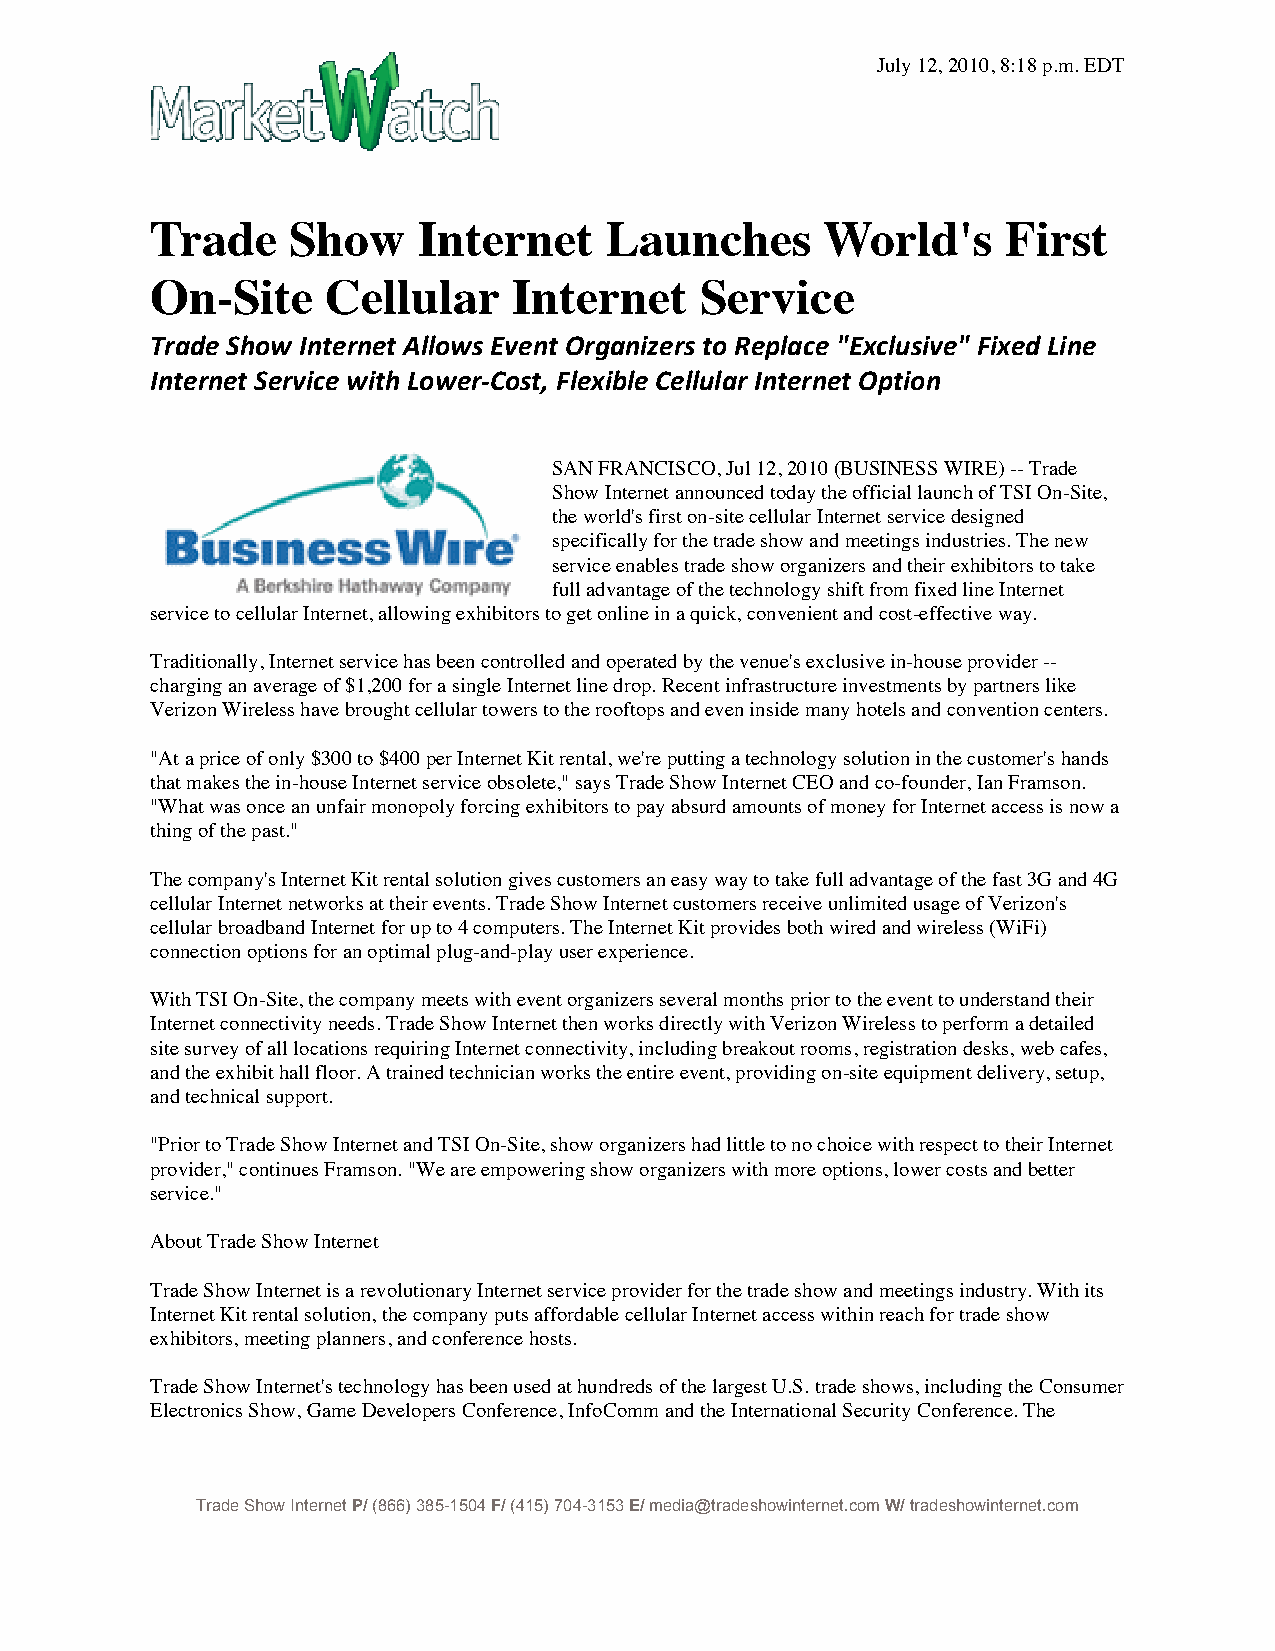
July 12, 2010, 8:18 p.m. EDT
 Trade    Show     Internet    Launches      World's      First
 On-Site     Cellular    Internet    Service
 Trade Show Internet Allows Event Organizers to Replace "Exclusive" Fixed Line
 Internet Service with Lower‐Cost, Flexible Cellular Internet Option
 SAN FRANCISCO, Jul 12, 2010 (BUSINESS WIRE) -- Trade
 Show Internet announced today the official launch of TSI On-Site,
 the world's first on-site cellular Internet service designed
 specifically for the trade show and meetings industries. The new
 service enables trade show organizers and their exhibitors to take
 full advantage of the technology shift from fixed line Internet
 service to cellular Internet, allowing exhibitors to get online in a quick, convenient and cost-effective way.
 Traditionally, Internet service has been controlled and operated by the venue's exclusive in-house provider --
 charging an average of $1,200 for a single Internet line drop. Recent infrastructure investments by partners like
 Verizon Wireless have brought cellular towers to the rooftops and even inside many hotels and convention centers.
 "At a price of only $300 to $400 per Internet Kit rental, we're putting a technology solution in the customer's hands
 that makes the in-house Internet service obsolete," says Trade Show Internet CEO and co-founder, Ian Framson.
 "What was once an unfair monopoly forcing exhibitors to pay absurd amounts of money for Internet access is now a
 thing of the past."
 The company's Internet Kit rental solution gives customers an easy way to take full advantage of the fast 3G and 4G
 cellular Internet networks at their events. Trade Show Internet customers receive unlimited usage of Verizon's
 cellular broadband Internet for up to 4 computers. The Internet Kit provides both wired and wireless (WiFi)
 connection options for an optimal plug-and-play user experience.
 With TSI On-Site, the company meets with event organizers several months prior to the event to understand their
 Internet connectivity needs. Trade Show Internet then works directly with Verizon Wireless to perform a detailed
 site survey of all locations requiring Internet connectivity, including breakout rooms, registration desks, web cafes,
 and the exhibit hall floor. A trained technician works the entire event, providing on-site equipment delivery, setup,
 and technical support.
 "Prior to Trade Show Internet and TSI On-Site, show organizers had little to no choice with respect to their Internet
 provider," continues Framson. "We are empowering show organizers with more options, lower costs and better
 service."
 About Trade Show Internet
 Trade Show Internet is a revolutionary Internet service provider for the trade show and meetings industry. With its
 Internet Kit rental solution, the company puts affordable cellular Internet access within reach for trade show
 exhibitors, meeting planners, and conference hosts.
 Trade Show Internet's technology has been used at hundreds of the largest U.S. trade shows, including the Consumer
 Electronics Show, Game Developers Conference, InfoComm and the International Security Conference. The
 Trade Show Internet P/ (866) 385-1504 F/ (415) 704-3153 E/ media@tradeshowinternet.com W/ tradeshowinternet.com